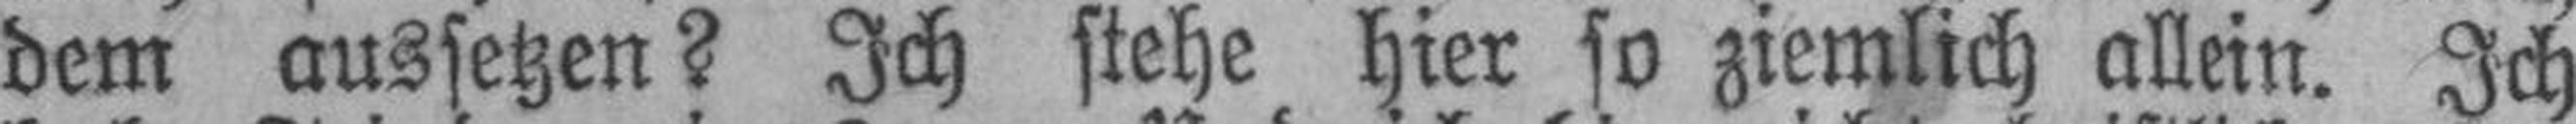
dem aussetzen? Ich stehe hier so ziemlich allein. Ich